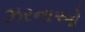
ઝરનાઓ